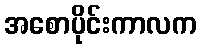
အစောပိုင်းကာလက